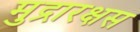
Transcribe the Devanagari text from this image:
मुद्रारक्षस